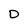
Character: D